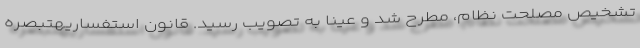
تشخیص مصلحت نظام، مطرح شد و عینا به تصویب رسید. قانون استفساریهتبصره